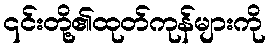
၎င်းတို့၏ထုတ်ကုန်များကို